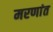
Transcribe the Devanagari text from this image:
मरणांत